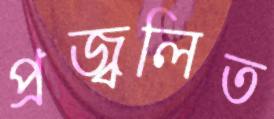
প্রজ্বলিত